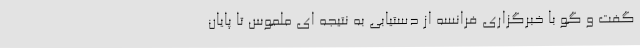
گفت و گو با خبرگزاری فرانسه از دستیابی به نتیجه ای ملموس تا پایان